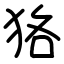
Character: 狢